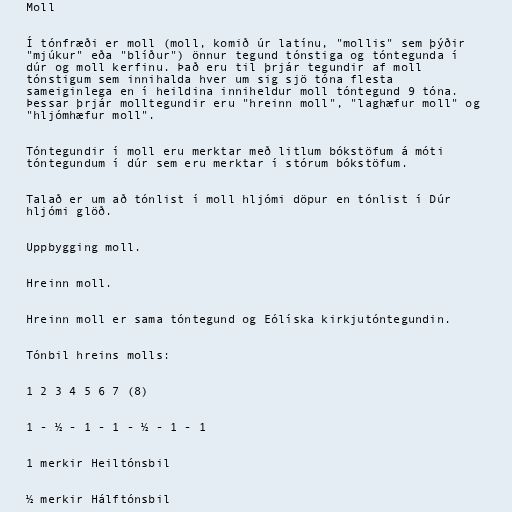
Moll

Í tónfræði er moll (moll, komið úr latínu, "mollis" sem þýðir
"mjúkur" eða "blíður") önnur tegund tónstiga og tóntegunda í
dúr og moll kerfinu. Það eru til þrjár tegundir af moll
tónstigum sem innihalda hver um sig sjö tóna flesta
sameiginlega en í heildina inniheldur moll tóntegund 9 tóna.
Þessar þrjár molltegundir eru "hreinn moll", "laghæfur moll" og
"hljómhæfur moll".

Tóntegundir í moll eru merktar með litlum bókstöfum á móti
tóntegundum í dúr sem eru merktar í stórum bókstöfum.

Talað er um að tónlist í moll hljómi döpur en tónlist í Dúr
hljómi glöð.

Uppbygging moll.

Hreinn moll.

Hreinn moll er sama tóntegund og Eólíska kirkjutóntegundin.

Tónbil hreins molls:

1 2 3 4 5 6 7 (8)

1 - ½ - 1 - 1 - ½ - 1 - 1

1 merkir Heiltónsbil

½ merkir Hálftónsbil